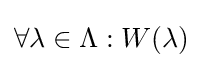
\forall \lambda \in \Lambda :W(\lambda )